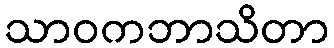
သာဝကဘာသိတာ